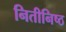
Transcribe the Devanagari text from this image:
नितीनिष्ठ